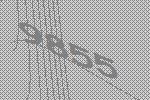
9855